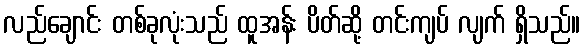
လည်ချောင်း တစ်ခုလုံးသည် ထူအန်း ပိတ်ဆို့ တင်းကျပ် လျက် ရှိသည်။